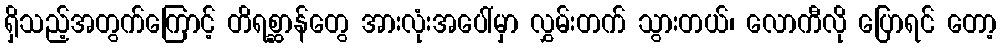
ရှိသည့်အတွက်ကြောင့် တိရစ္ဆာန်တွေ အားလုံးအပေါ်မှာ လွှမ်းတက် သွားတယ်၊ လောကီလို ပြောရင် တော့